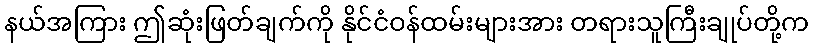
နယ်အကြား ဤဆုံးဖြတ်ချက်ကို နိုင်ငံဝန်ထမ်းများအား တရားသူကြီးချုပ်တို့က